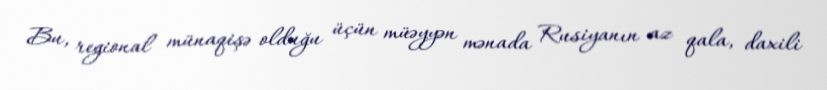
Bu, regional münaqişə olduğu üçün müəyyən mənada Rusiyanın az qala, daxili